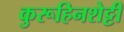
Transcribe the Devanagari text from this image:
कुरूहिनशेट्टी